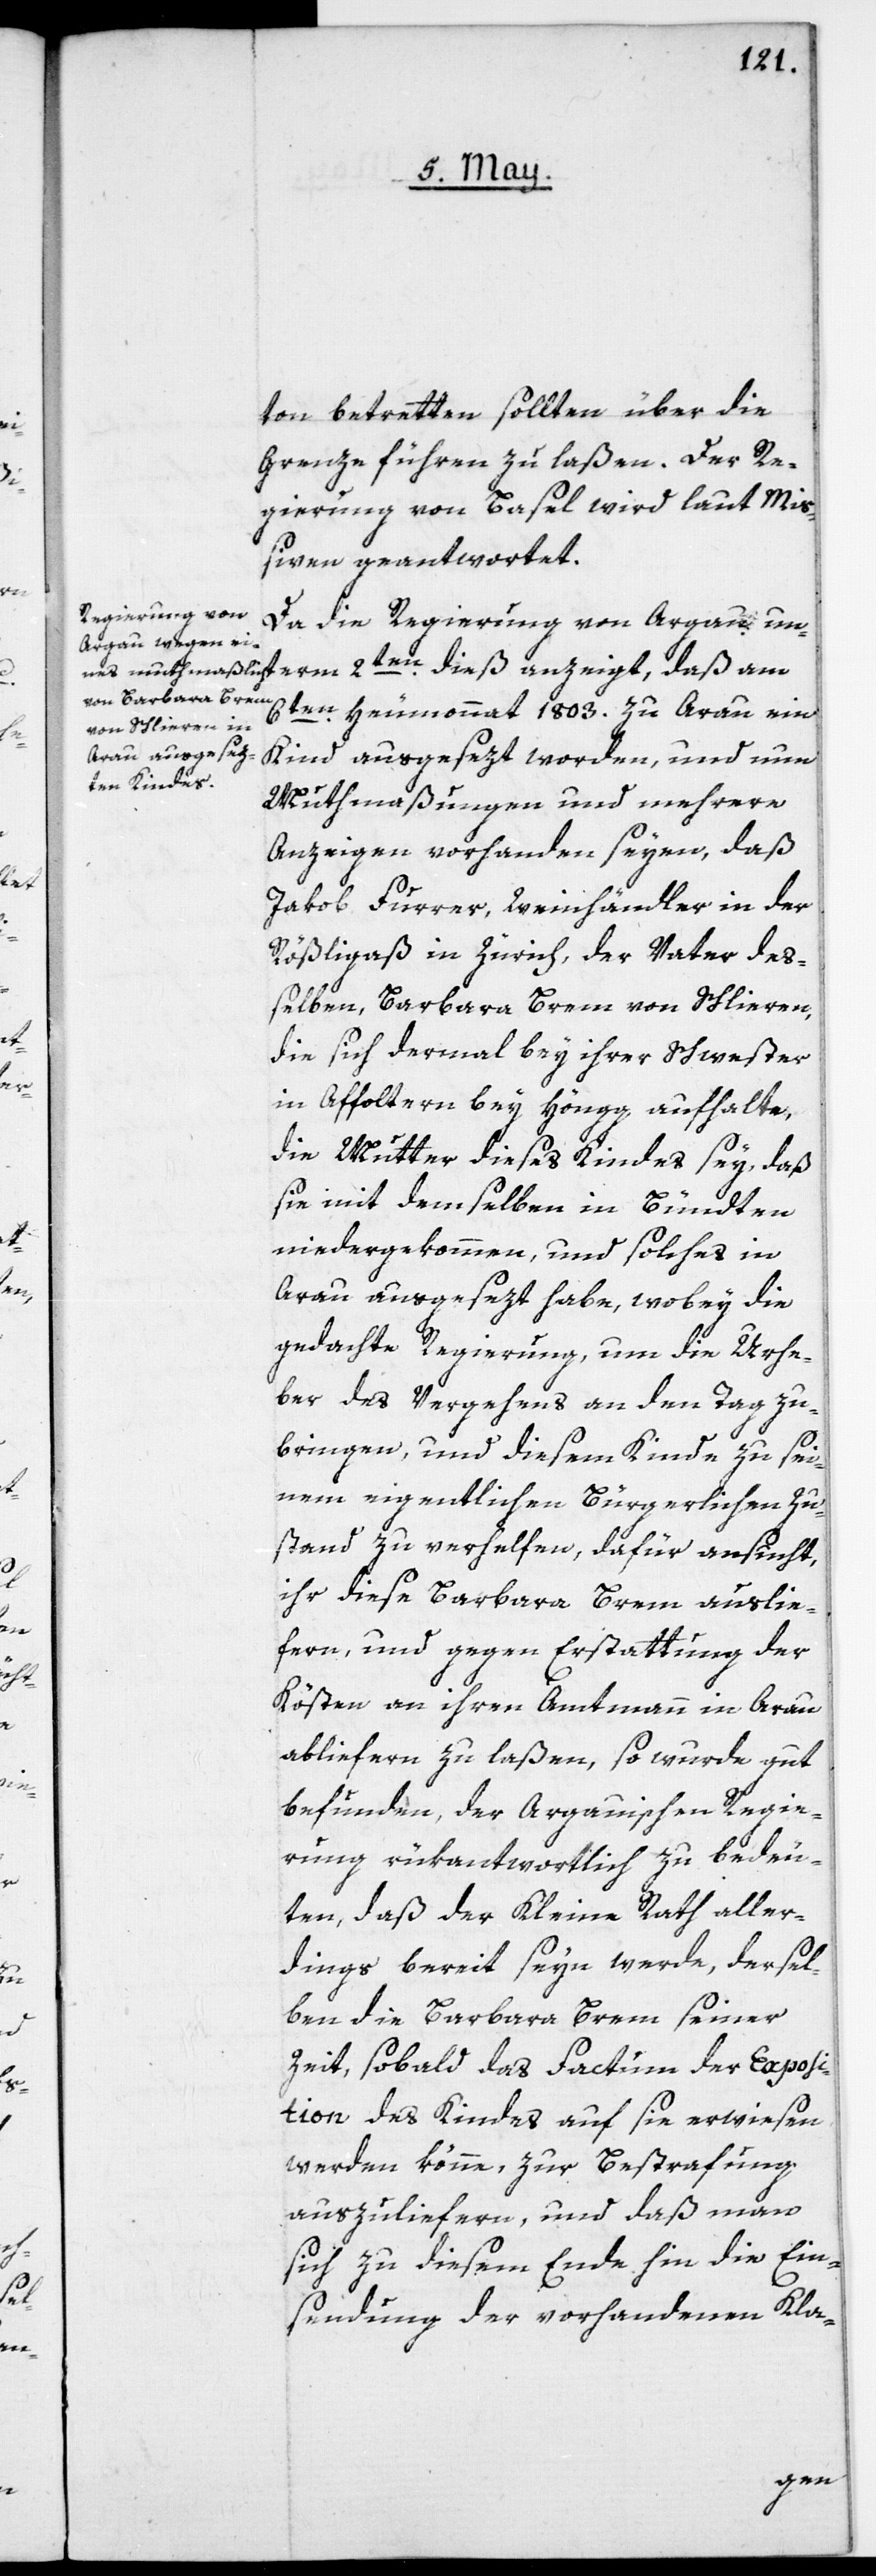
term

1803.
ton betretten sollten über die
Grenze führen zu laßen. Der Re¬
gierung von Basel wird laut Miß¬
iven geantwortet.
Da die Regierung von Argau un¬
Kind ausgesezt worden, und nun
Muthmaßungen und mehrere
Anzeigen vorhanden seyen, daß
Jakob Furrer, Weinhändler in der
Rößligaß in Zürich, der Vater deß¬
elben, Barbara Brem von Schlieren,
die sich dermal bey ihrer Schwester
in Affoltern bey Höngg aufhalte,
die Mutter dieses Kindes sey, daß
sie mit demselben in Bündten
niedergekommen, und solches in
Arau ausgesezt habe, wobey die
gedachte Regierung, um die Urhe¬
ber des Vergehens an den Tag zu
bringen, und diesem Kinde zu sei¬
nem eigentlichen Bürgerlichen Zu¬
stand zu verhelfen, dafür ansucht,
ihr diese Barbara Brem auslie¬
fern, und gegen Erstattung der
Kösten an ihren Amtmann in Arau
abliefern zu laßen, so wurde gut
befunden, der Argauischen Regie¬
rung rükantwortlich zu bedeu¬
ten, daß der Kleine Rath aller¬
dings bereit seyn werde, dersel¬
ben die Barbara Brem seiner
Zeit, sobald das Factum der Exposi¬
tion des Kindes auf sie erwiesen
werden könne, zur Bestrafung
auszuliefern, und daß man
sich zu diesem Ende hin die Ein¬
sendung der vorhandenen Kla-